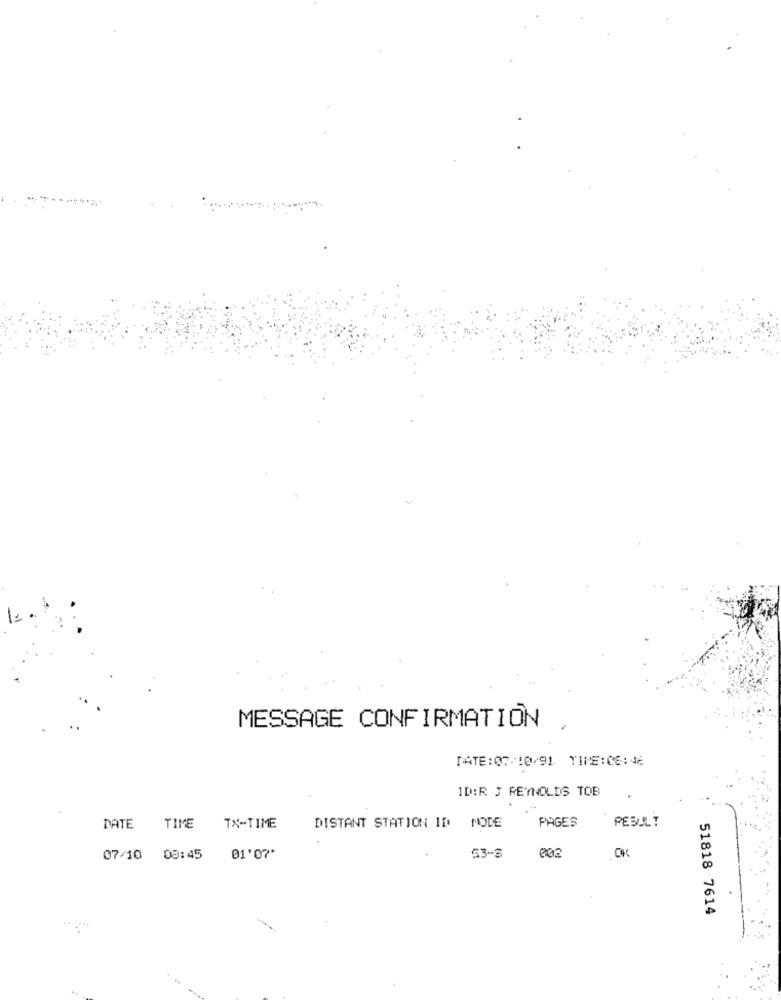
MESSAGE CONFIRMATION
DATE:07/10/91 TIME:06:42
ID:R J REYNOLDS TOB
PAGES
PEDULT
DATE TIME TX-TIME
DISTANT STATION ID MODE
OK
07/10 00:45
01'07'
53-3
51818 7614